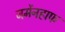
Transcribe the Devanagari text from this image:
जर्मेनहाफ